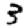
Digit: 3